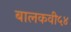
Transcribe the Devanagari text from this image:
बालकवी५४